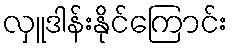
လှူဒါန်းနိုင်ကြောင်း